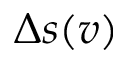
\Delta s ( v )